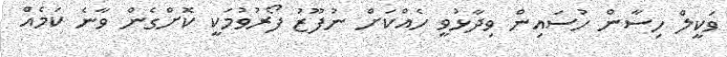
ވަކީލް ހިސާން ހުސައިން ވިދާޅުވީ ހެއްކަށް ނުފޫޒު ފޯރުވުމަކީ ކޮށްގެން ވާނެ ކަމެއް